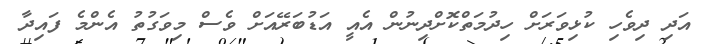
އަދި ދިވެހި ކުޅިވަރަށް ހިދުމަތްކޮށްދިނުން އެއީ އަޑުބަރޭއަށް ވެސް މިވަގުތު އެންމެ ފައިދާ